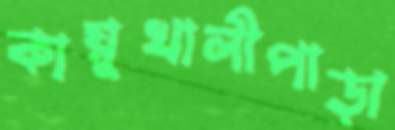
কায়ুখালীপাড়া